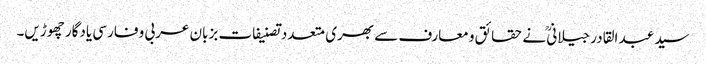
سید عبد القادر جیلانیؒ نے حقائق و معارف سے بھری متعدد تصنیفات بزبان عربی و فارسی یادگار چھوڑیں۔